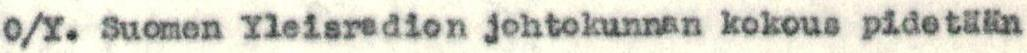
O/Y. Suomen Yleisradion johtokunnan kokous pidetään